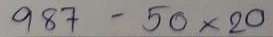
987 - 50 x 20